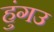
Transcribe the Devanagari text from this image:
हुंगउ